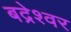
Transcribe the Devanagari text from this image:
बद्रेश्वर